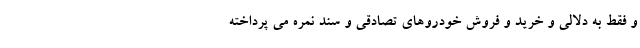
و فقط به دلالی و خرید و فروش خودروهای تصادقی و سند نمره می پرداخته